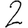
Digit: 2